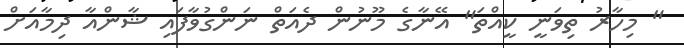
" މިހާރު ތިވަނީ ކީއްތަ" އޭނާގެ މޫނުން ދެއަތް ނަންގުވާފައި ޝާންއާ ދިމާއަށް